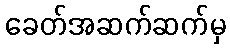
ခေတ်အဆက်ဆက်မှ